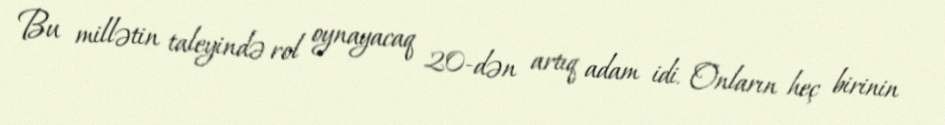
Bu millətin taleyində rol oynayacaq 20-dən artıq adam idi. Onların heç birinin